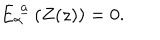
E _ { \alpha } ^ { ~ \underline { { a } } } \left( Z ( z ) \right) = 0 .